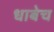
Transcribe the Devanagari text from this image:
धाबेच